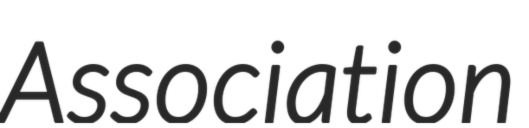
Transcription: Association